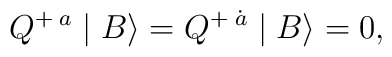
Q^{+\;a}\mid B\rangle=Q^{+\;\dot{a}}\mid B\rangle=0,